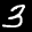
Label: 3